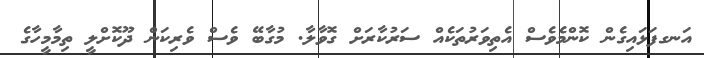
އަނގފަޅައިގެން ކޮންމެވެސް އެތިވަރުތަކެއް ސަރުކާރަށް ގޮވާލާ. މުގާބޭ ވެސް ވެރިކަން ދޫކޮށްލީ ތިމާމީހާގެ